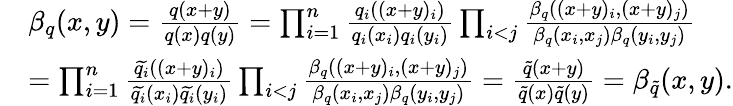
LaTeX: \begin{array}{rl}&{\beta_{q}(x,y)=\frac{q(x+y)}{q(x)q(y)}=\prod_{i=1}^{n}\frac{q_{i}((x+y)_{i})}{q_{i}(x_{i})q_{i}(y_{i})}\prod_{i<j}\frac{\beta_{q}((x+y)_{i},(x+y)_{j})}{\beta_{q}(x_{i},x_{j})\beta_{q}(y_{i},y_{j})}}\\ &{=\prod_{i=1}^{n}\frac{\widetilde{q_{i}}((x+y)_{i})}{\widetilde{q_{i}}(x_{i})\widetilde{q_{i}}(y_{i})}\prod_{i<j}\frac{\beta_{q}((x+y)_{i},(x+y)_{j})}{\beta_{q}(x_{i},x_{j})\beta_{q}(y_{i},y_{j})}=\frac{\tilde{q}(x+y)}{\tilde{q}(x)\tilde{q}(y)}=\beta_{\tilde{q}}(x,y).}\end{array}